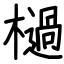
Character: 檛